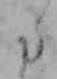
た